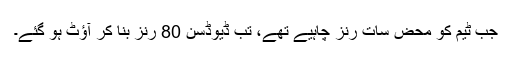
جب ٹیم کو محض سات رنز چاہیے تھے، تب ڈیوڈسن 80 رنز بنا کر آؤٹ ہو گئے۔